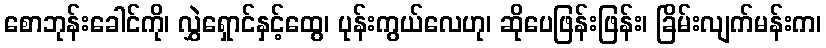
စောဘုန်းခေါင်ကို၊ လွှဲရှောင်နှင့်ထွေ၊ ပုန်းကွယ်လေဟု၊ ဆိုပေဖြန်းဖြန်း၊ ခြိမ်းလျက်မန်းက၊